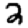
Digit: 2